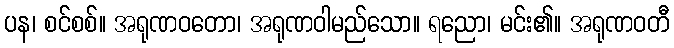
ပန၊ စင်စစ်။ အရုဏဝတော၊ အရုဏဝါမည်သော။ ရညော၊ မင်း၏။ အရုဏဝတီ